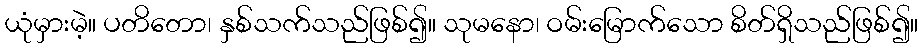
ယုံမှားမဲ့။ ပတိတော၊ နှစ်သက်သည်ဖြစ်၍။ သုမနော၊ ဝမ်းမြောက်သော စိတ်ရှိသည်ဖြစ်၍။